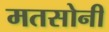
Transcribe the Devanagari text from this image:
मतसोनी